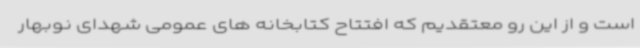
است و از این رو معتقدیم که افتتاح کتابخانه های عمومی شهدای نوبهار